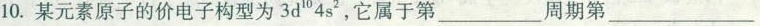
10.某元素原子的价电子构型为3d^{10}4s^{2},它属于第___周期第___